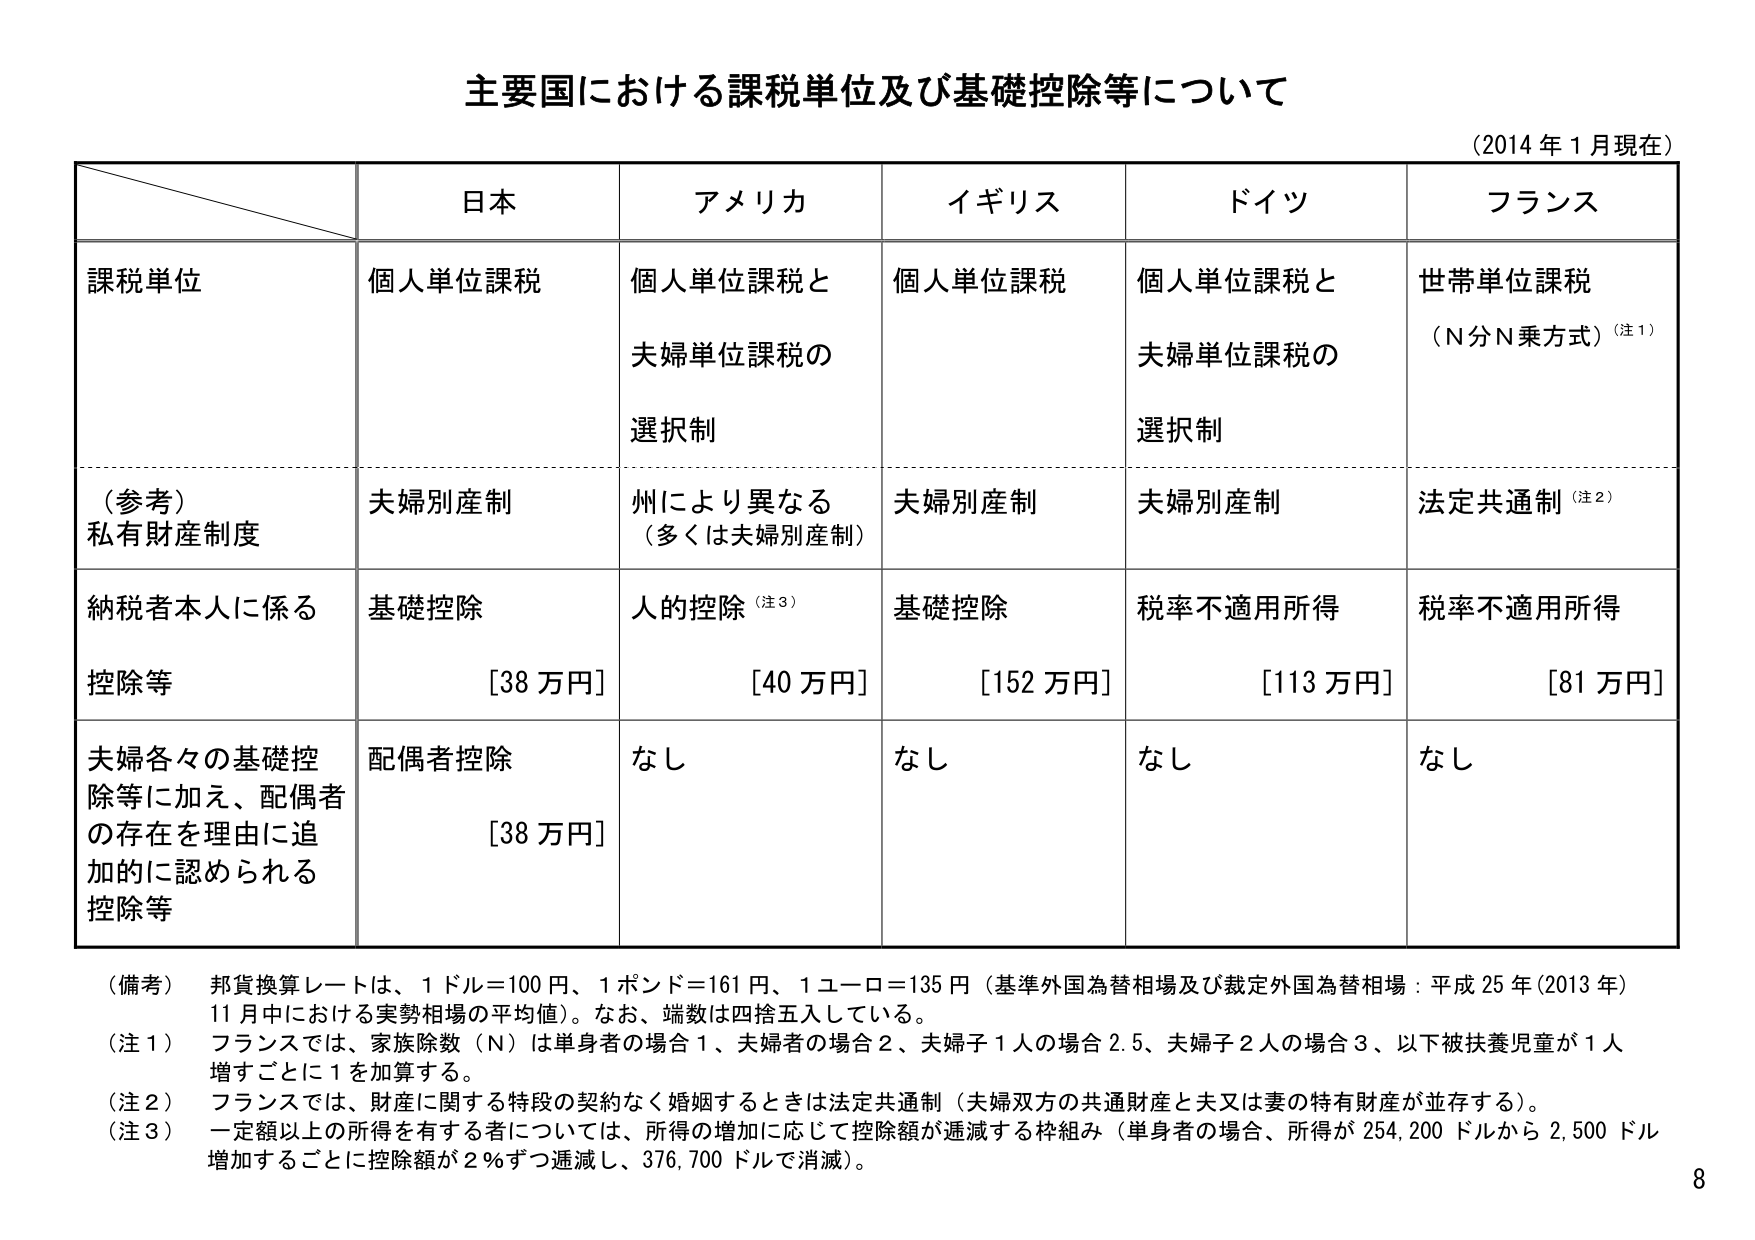
主要国における課税単位及び基礎控除等について
（2014年1月現在）

日本 アメリカ イギリス ドイツ フランス
課税単位
個人単位課税
個人単位課税と
夫婦単位課税の
選択制
個人単位課税
個人単位課税と
夫婦単位課税の
選択制
世帯単位課税
（N分N乗方式）（注1）

（参考）
私有財産制度
夫婦別産制
州により異なる
（多くは夫婦別産制）
夫婦別産制
夫婦別産制
法定共通制（注2）

納税者本人に係る
控除等
基礎控除
[38万円]
人的控除（注3）
[40万円]
基礎控除
[152万円]
税率不適用所得
[113万円]
税率不適用所得
[81万円]

夫婦各々の基礎控除等に加え、配偶者の存在を理由に追加的に認められる控除等
配偶者控除
[38万円]
なし
なし
なし
なし

（備考）邦貨換算レートは、1ドル＝100円、1ポンド＝161円、1ユーロ＝135円（基準外国為替相場及び裁定外国為替相場：平成25年（2013年）11月中における実勢相場の平均値）。なお、端数は四捨五入している。
（注1）フランスでは、家族除数（N）は単身者の場合1、夫婦者の場合2、夫婦子1人の場合2.5、夫婦子2人の場合3、以下被扶養児童が1人増すごとに1を加算する。
（注2）フランスでは、財産に関する特段の契約なく婚姻するときは法定共通制（夫婦双方の共通財産と夫又は妻の特有財産が並存する）。
（注3）一定額以上の所得を有する者については、所得の増加に応じて控除額が逓減する枠組み（単身者の場合、所得が254,200ドルから2,500ドル増加するごとに控除額が2％ずつ逓減し、376,700ドルで消滅）。

8